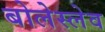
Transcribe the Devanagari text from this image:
बोलेस्लेव